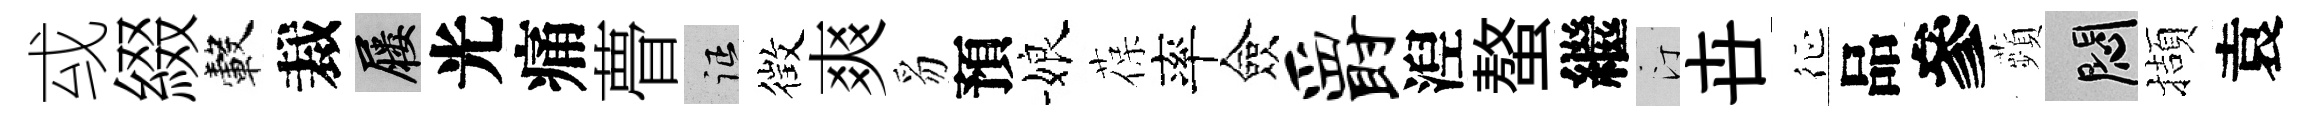
㦯綴轂裁屨光痛瞢征徴爽豸預娘葆率僉爵湼螯繼汀卋征品參蘋悶擷袁